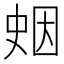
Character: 𪡖